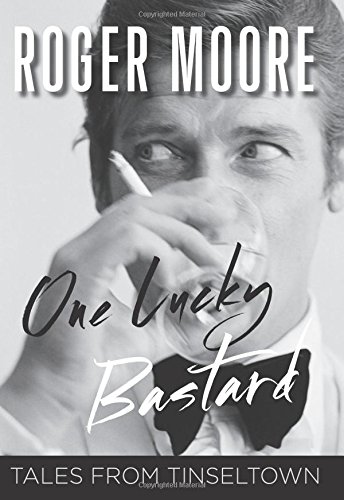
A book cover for One Lucky Bastard: Tales from Tinseltown; Roger Moore; Humor & Entertainment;